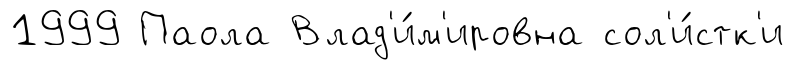
1999 Паола Влад'и́м'ировна сол'и́стк'и